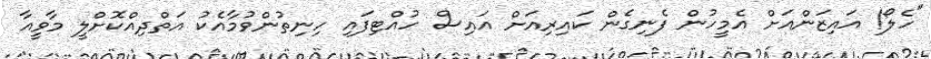
"ހެލޯ! އައިޒަންއަށް އެމީހުން ފެނިގެން ކައިރިއަށް އައިސް ހުއްޓިފައި ހިނިތުންވުމާއެކު އަތްދިއްކޮށްލީ މާވީއާ